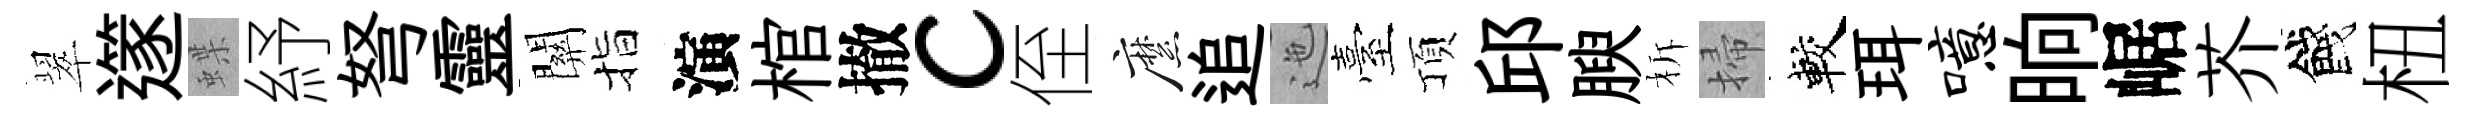
翠𨗹蝶紓弩靈關指演棺撤c侄縻追迤臺頂邱腴柝掃較珥噫晌崌芥餞杻